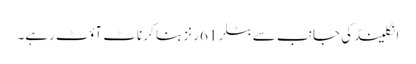
انگلینڈ کی جانب سے بٹلر 61 رنز بنا کر ناٹ آؤٹ رہے۔